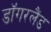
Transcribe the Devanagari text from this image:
डॉगरलैंड